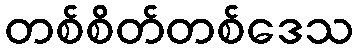
တစ်စိတ်တစ်ဒေသ